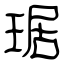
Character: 琚